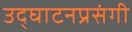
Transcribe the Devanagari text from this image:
उद्घाटनप्रसंगी